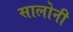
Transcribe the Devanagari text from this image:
सालोनी